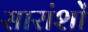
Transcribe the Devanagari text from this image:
सारांशों